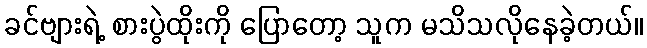
ခင်ဗျားရဲ့ စားပွဲထိုးကို ပြောတော့ သူက မသိသလိုနေခဲ့တယ်။